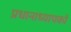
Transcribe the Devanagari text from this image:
प्रधानाध्यापकों